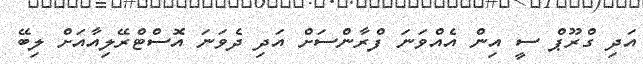
އަދި ގްރޫޕް ސީ އިން އެއްވަނަ ފްރާންސަށް އަދި ދެވަނަ އޮސްޓްރޭލިއާއަށް ލިބޭ